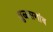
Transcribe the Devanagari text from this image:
तुळसगांव